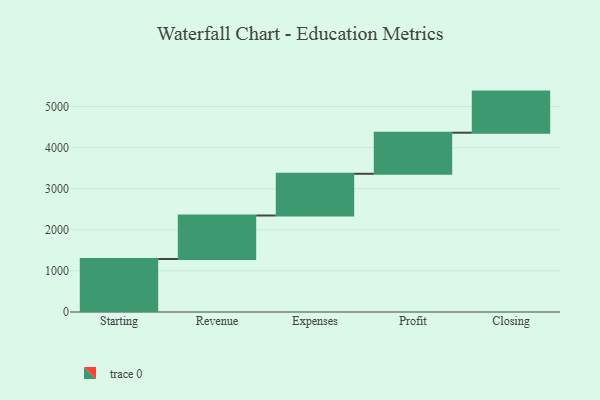
{"axis": {"x": "Step", "y": "Value"}, "legend": [""], "data": [{"x": "Starting", "y": 1290.0, "type": ""}, {"x": "Revenue", "y": 1058.0, "type": ""}, {"x": "Expenses", "y": 1015.0, "type": ""}, {"x": "Profit", "y": 1000, "type": ""}, {"x": "Closing", "y": 1000, "type": ""}]}